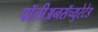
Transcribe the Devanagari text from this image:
पॉलीअनसॅच्युरेटेड